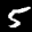
Label: 5